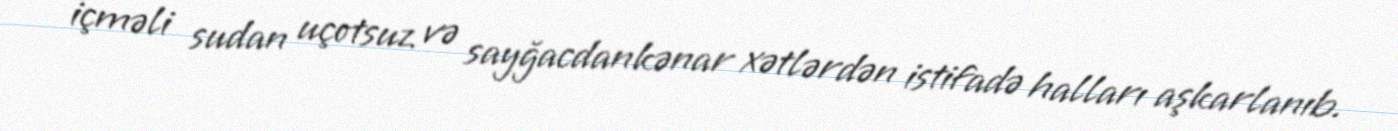
içməli sudan uçotsuz və sayğacdankənar xətlərdən istifadə halları aşkarlanıb.